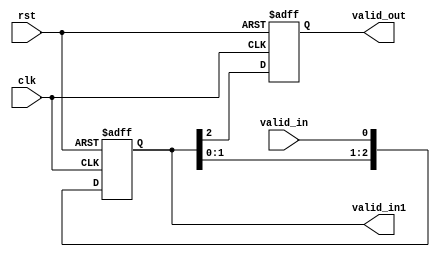
module control_Max9 (
    input valid_in, clk, rst,
    output reg valid_out, 
    output reg[2:0] valid_in1 
  );

    always @(posedge clk or posedge rst) 
    begin
        if(rst)begin
            valid_in1[0] <= 1'd0;
            valid_in1[1] <= 1'd0;
            valid_in1[2] <= 1'd0;
            valid_out <= 1'd0;
        end
        else begin
            valid_in1[0] <= valid_in;
            valid_in1[1] <= valid_in1[0];
            valid_in1[2] <= valid_in1[1];
            valid_out <= valid_in1[2];
        end
    end        

endmodule